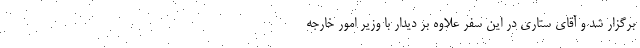
برگزار شد و آقای ستاری در این سفر علاوه بر دیدار با وزیر امور خارجه